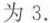
为 3.